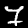
Label: 7